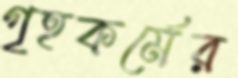
গৃহকর্মের